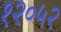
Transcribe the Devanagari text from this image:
१२०५२